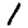
Digit: 1